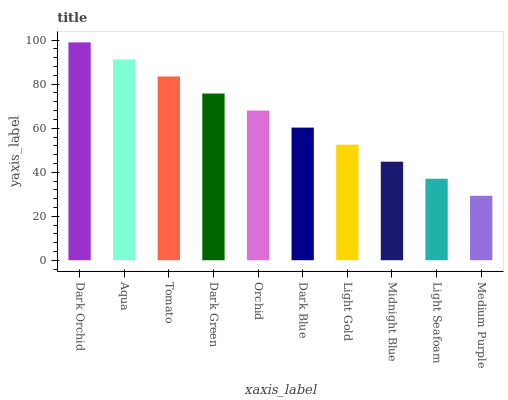
| xaxis_label | bars |
 | --- | --- |
 | Dark Orchid | 99 |
 | Aqua | 91.3 |
 | Tomato | 83.5 |
 | Dark Green | 75.8 |
 | Orchid | 68 |
 | Dark Blue | 60.3 |
 | Light Gold | 52.5 |
 | Midnight Blue | 44.8 |
 | Light Seafoam | 37 |
 | Medium Purple | 29.3 |